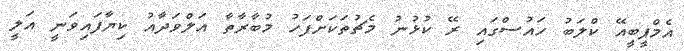
އެމްޕީބީއޭ ކްލަބު ހައުސްގައި ރޭ ކުޅުނު މެޗުތަކަށްފަހު މުބާރާތާ އަލްވަދާއު ކިޔާފައިވަނީ އަލީ